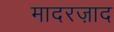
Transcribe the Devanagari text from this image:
मादरज़ाद